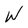
Character: W